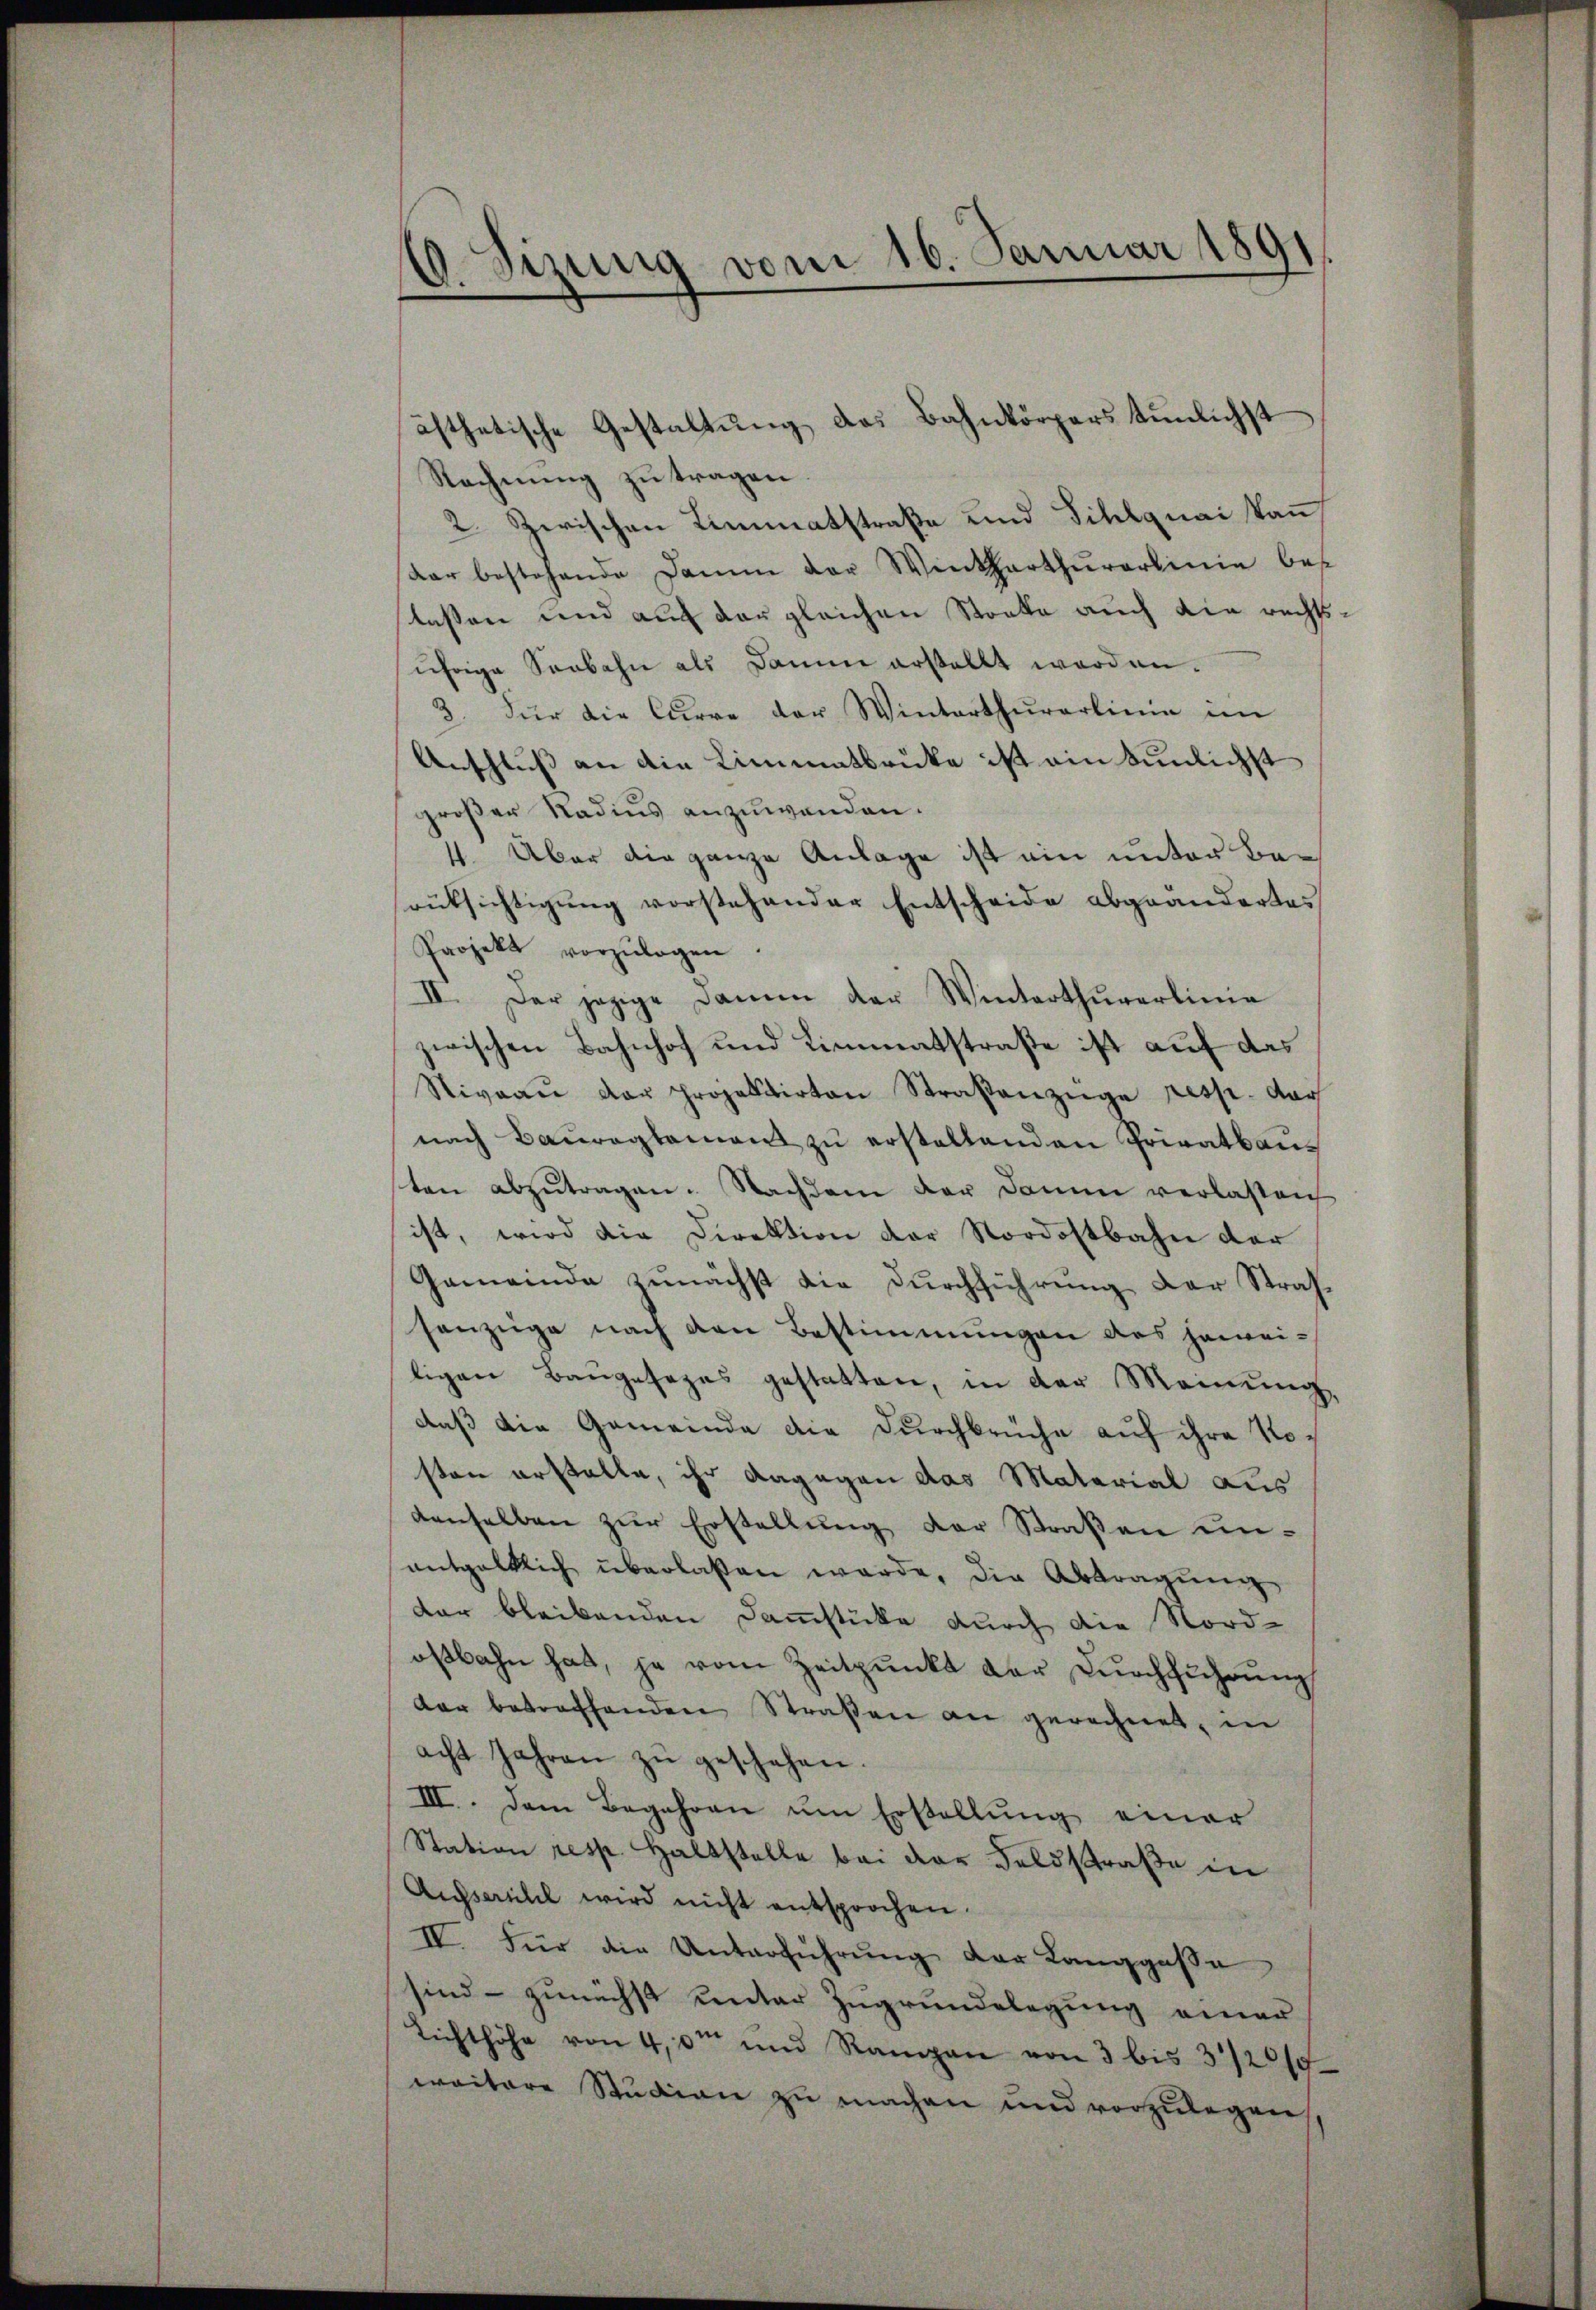
10. Sizung vom 16. Januar 1891.

ästhetische Gestaltung des Bahnkörpers tunlichst
Rechnung zu tragen.
2. Zwischen Limmatstraße und Sihlgnai kauf
dar bestehende Damm der Winterthŭrarlinie bes
lassen und auf der gleichen Stocke auch die rechtsjährige Seebahn als Damm erstellt worden.
3. Für die Curre der Winterthŭrarlinie im
Anschluss an die Limmatbrücke ist ein tunlichst
großer Nadius anzuwenden.
4. Aber die ganze Anlage ist ein unter Berüksichtigŭng vorstehender Entscheide abgeändertes
Projekt vorzŭlegen.
II. Der jezige Damm der Winterthurerlinie
zwischen Bahnhof und Limmatstraße ist auf das
Stivaaŭ der projektirten Straßenzüge resp. dar
nach Baŭreglement zŭ erstellenden Privatbauten abzŭtragen. Nachdem der Damm verlassen
ist, wird die Direktion der Nordostbahn der
Gemeinde zunächst die Durchführung der Strafsanzeige nach den Bestimmungen des heimei-
ligen Baŭgesezes gestatten, in der Meinung
daß die Gemeinde die Durchbrüche auf ihre Nosten erstelle, ihr dagegen das Material aus
denselben zŭr Erstellung der Straßen unentgeltlich überlaßen werde, die Abtragung
dar bleibenden Dammstücke durch die Nord-
ostbahn hat, je vom Zeitpunkt der Dŭrchführŭng
dar betreffenden Straßen an gerechnet, in
acht Jahren zŭ geschehen.
III. Dem Begehren um Erstellung einer
Station resp. Haltstelle bei der Feldstraße in
Ausseriell wird nicht entsprochen.
IV. Für die Unterführŭng der Langgasse
sind - zunächst unter Zugrundelegung einer
Lichthöhe von 4,0m und Rampen von 3 bis 31200
weitere Studien zu machen und vorzulegen,